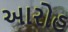
આરોહ